Document type: Dowry acquittance
Year: 1240
Scribe: Pere de Bages
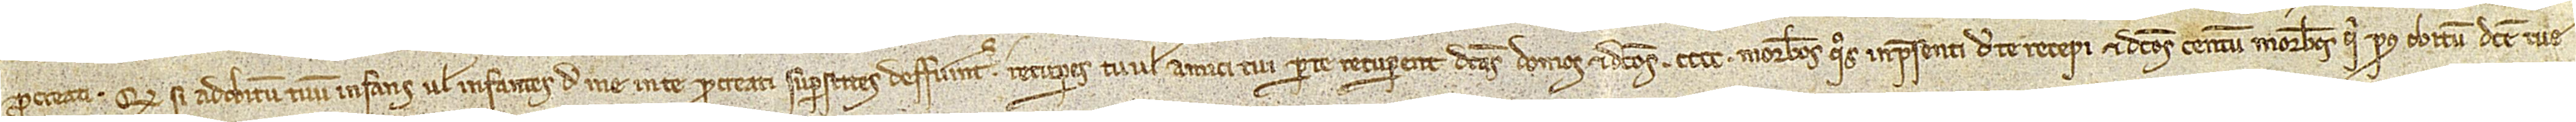
procreati. Quod si ad obitum tuum infans vel infantes de me in te procreati superstites deffuerint, recuperes tu, vel amici tui parte recuperent, dictas domos et dictos CCCC morabatinos quos inpresenti de te recepi et dictos centum morabatinos qui post obitum dicte tue